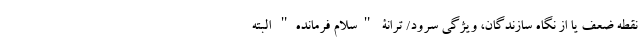
نقطه ضعف یا از نگاه سازندگان، ویژگی سرود/ ترانۀ "سلام فرمانده" البته